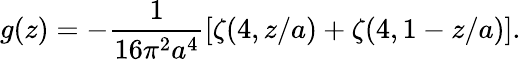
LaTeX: g(z)=-\frac{1}{16\pi^{2}a^{4}}[\zeta(4,z/a)+\zeta(4,1-z/a)].